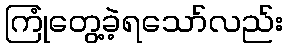
ကြုံတွေ့ခဲ့ရသော်လည်း